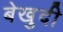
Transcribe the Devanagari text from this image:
बेखुदी